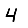
Digit: 4